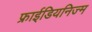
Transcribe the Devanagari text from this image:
फ्राईडियनिज्म